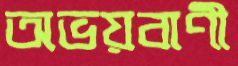
অভয়বাণী